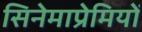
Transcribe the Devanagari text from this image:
सिनेमाप्रेमियों